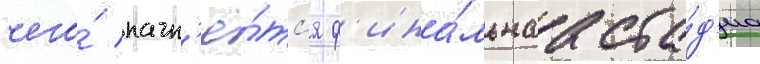
чего́ начн'ё́тс'я ф'ина́льнаа ста́д'иа